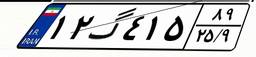
۲۴گ۴۵۳۲۷